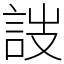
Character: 詜